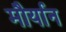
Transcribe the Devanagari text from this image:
मौर्यान